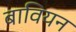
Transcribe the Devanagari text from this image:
बावियन